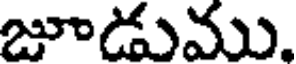
జూడుము.